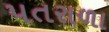
પતરાળા